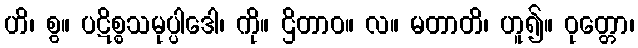
ဟိ၊ စွ။ ပဋိစ္စသမုပ္ပါဒေါ၊ ကို။ ဌိတာဝ။ လ။ မတာတိ၊ ဟူ၍။ ဝုတ္တော၊